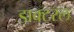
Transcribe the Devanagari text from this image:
डाक्टरल